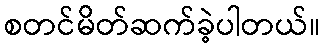
စတင်မိတ်ဆက်ခဲ့ပါတယ်။